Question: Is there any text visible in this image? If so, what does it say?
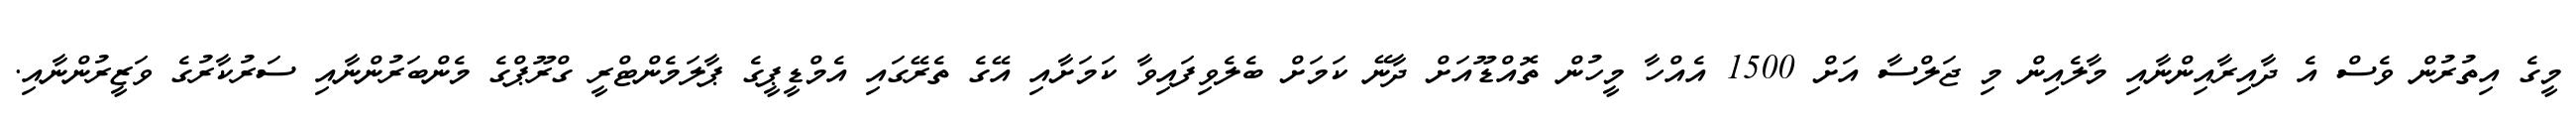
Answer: މީގެ އިތުރުން ވެސް އެ ދާއިރާއިންނާއި މާލެއިން މި ޖަލްސާ އަށް 1500 އެއްހާ މީހުން ތޮއްޑޫއަށް ދާނޭ ކަމަށް ބެލެވިފައިވާ ކަމަށާއި އޭގެ ތެރޭގައި އެމްޑީޕީގެ ޕާލަމެންޓްރީ ގްރޫޕްގެ މެންބަރުންނާއި ސަރުކާރުގެ ވަޒީރުންނާއި.